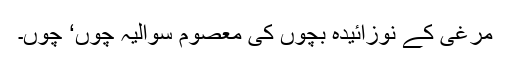
مرغی کے نوزائیدہ بچوں کی معصوم سوالیہ چوں‘ چوں۔